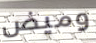
وميض